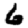
Digit: 6